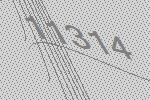
11314